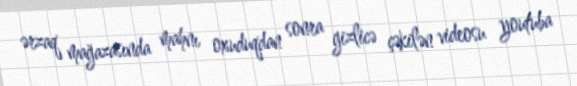
ərzaq mağazasında mahnı oxuduqdan sonra gizlicə çəkilən videosu youtuba